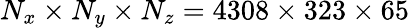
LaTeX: N_{x}\times N_{y}\times N_{z}=4308\times 323\times 65